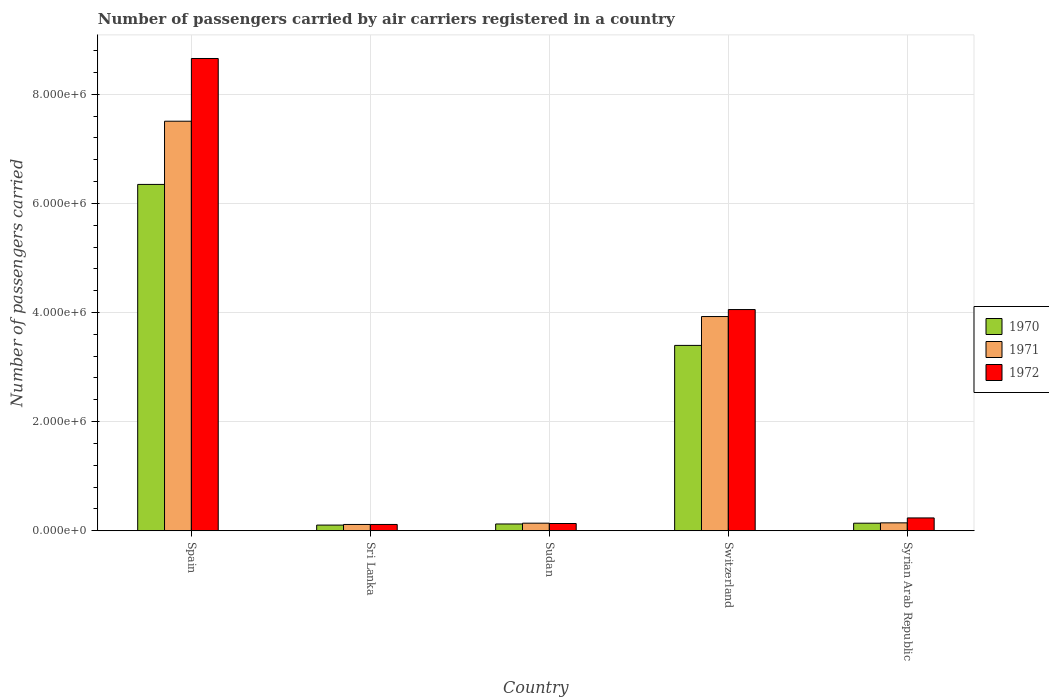
| Country | 1970 | 1971 | 1972 |
 | --- | --- | --- | --- |
 | Spain | 6.35e+06 | 7.51e+06 | 8.65e+06 |
 | Sri Lanka | 1.05e+05 | 1.16e+05 | 1.16e+05 |
 | Sudan | 1.25e+05 | 1.4e+05 | 1.33e+05 |
 | Switzerland | 3.4e+06 | 3.93e+06 | 4.05e+06 |
 | Syrian Arab Republic | 1.39e+05 | 1.45e+05 | 2.36e+05 |